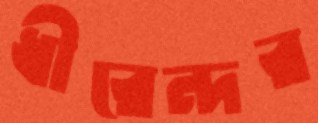
ধীরেন্দর